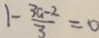
1 - \frac { 3 a - 2 } { 3 } = 0